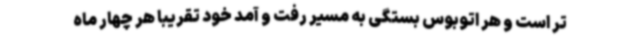
تر است و هر اتوبوس بستگی به مسیر رفت و آمد خود تقریبا هر چهار ماه